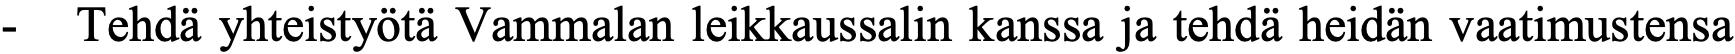
-  Tehdä yhteistyötä Vammalan leikkaussalin kanssa ja tehdä heidän vaatimustensa